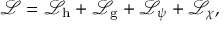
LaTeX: { \mathcal { L } } = { \mathcal { L } } _ { \mathrm { h } } + { \mathcal { L } } _ { \mathrm { g } } + { \mathcal { L } } _ { \psi } + { \mathcal { L } } _ { \chi } ,